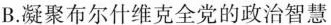
B.凝聚布尔什维克全党的政治智慧